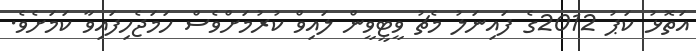
އަތޮޅު ކަޕު 2012ގެ ފައިނަލު މެޗު ވީޓީވީން ލައިވް ކުރުމަށްވެސް ހަމަޖެހިފައިވާ ކަމަށެވެ.